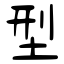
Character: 型